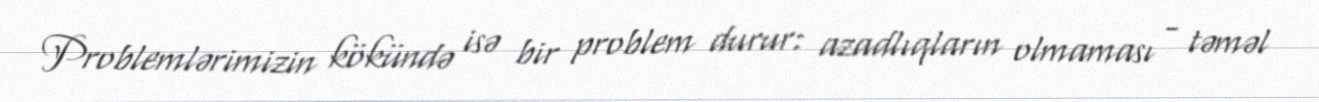
Problemlərimizin kökündə isə bir problem durur: azadlıqların olmaması - təməl